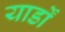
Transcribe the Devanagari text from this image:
यार्डों